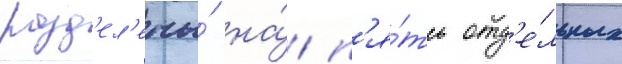
разд'ел'ены́ на́ п'я́ть отд'е́льных